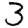
Digit: 3